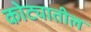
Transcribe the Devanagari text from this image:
कोट्यातील